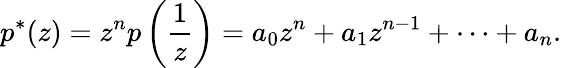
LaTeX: p^{*}(z)=z^{n}p\left({\frac{1}{z}}\right)=a_{0}z^{n}+a_{1}z^{n-1}+\cdots+a_{n}.